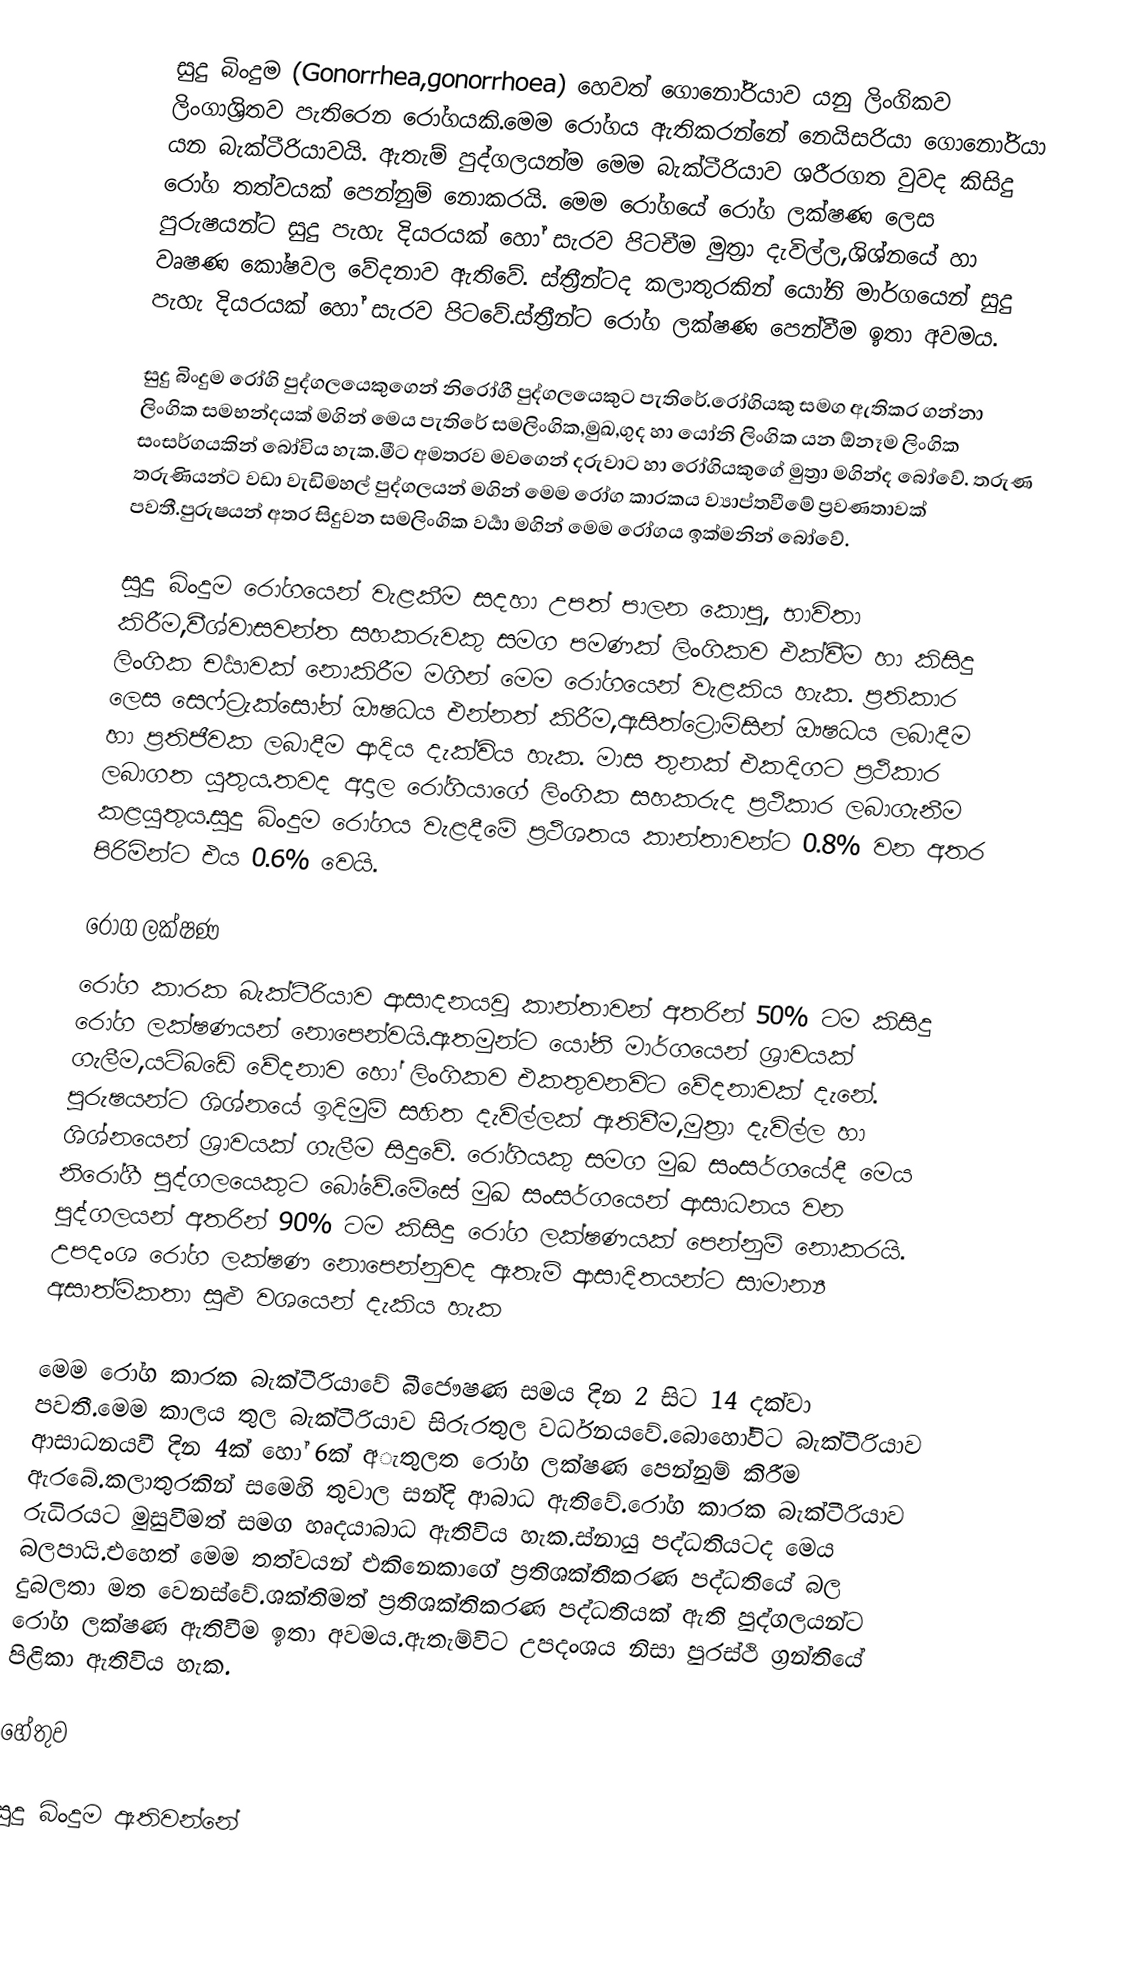
සුදු බිංදුම (Gonorrhea,gonorrhoea)  හෙවත් ගොනෝරියාව යනු ලිංගිකව ලිංගාශ්‍රිතව  පැතිරෙන රෝගයකි.මෙම රෝගය ඇතිකරන්නේ නෙයිසරියා ගොනෝරියා යන බැක්ටීරියාවයි. ඇතැම් පුද්ගලයන්ම මෙම බැක්ටීරියාව ශරීරගත වුවද කිසිදු රෝග තත්වයක් පෙන්නුම් නොකරයි. මෙම රෝගයේ රෝග ලක්ෂණ ලෙස පුරුෂයන්ට සුදු පැහැ දියරයක් හෝ සැරව පිටචීම  මුත්‍රා දැවිල්ල,ශිශ්නයේ හා වෘෂණ කෝෂවල වේදනාව ඇතිවේ. ස්ත්‍රීන්ටද කලාතුරකින් යෝනි මාර්ගයෙන් සුදු පැහැ දියරයක් හෝ සැරව පිටවේ.ස්ත්‍රීන්ට රෝග ලක්ෂණ පෙන්වීම ඉතා අවමය.

සුදු බිංදුම රෝගි පුද්ගලයෙකුගෙන් නිරෝගී පුද්ගලයෙකුට පැතිරේ.රෝගියකු සමග ඇතිකර ගන්නා ලිංගික සමභන්දයක් මගින් මෙය පැතිරේ සමලිංගික,මුඛ,ගුද හා යෝනි ලිංගික යන ඕනෑම ලිංගික සංසර්ගයකින් බෝවිය හැක.මීට අමතරව මවගෙන් දරුවාට හා රෝගියකුගේ මුත්‍රා මගින්ද බෝවේ. තරුණ තරුණියන්ට වඩා වැඩිමහල් පුද්ගලයන් මගින් මෙම රෝග කාරකය ව්‍යාප්තවීමේ ප්‍රවණතාවක් පවතී.පුරුෂයන් අතර සිදුවන සමලිංගික වර්‍යා මගින් මෙම රෝගය ඉක්මනින් බෝවේ.

සුදු බිංදුම රෝගයෙන් වැළකීම සදහා උපත් පාලන කොපු, භාවිතා කිරීම,වීශ්වාසවන්ත සහකරුවකු සමග පමණක් ලිංගිකව එක්වීම හා කිසිදු ලිංගික චර්‍යාවක් නොකිරීම මගින් මෙම රෝගයෙන් වැළකිය හැක. ප්‍රතිකාර ලෙස සෙෆ්ට්‍රැක්සෝන් ඖෂධය එන්නත් කිරීම,ඇසිත්ට්‍රොමිසින් ඖෂධය ලබාදීම හා ප්‍රතිජීවක ලබාදීම ආදිය දැක්විය හැක. මාස තුනක් එකදිගට ප්‍රථිකාර ලබාගත යුතුය.තවද අදාල රෝගියාගේ ලිංගික සහකරුද ප්‍රථිකාර ලබාගැනීම කළයුතුය.සුදු බිංදුම රෝගය වැළදීමේ ප්‍රථිශතය කාන්තාවන්ට 0.8% වන අතර පිරිමින්ට එය 0.6% වෙයි.

රෝග ලක්ෂණ
රෝග කාරක බැක්ටීරියාව ආසාදනයවූ කාන්තාවන් අතරින් 50% ටම කිසිදු රෝග ලක්ෂණයන් නොපෙන්වයි.ඇතමුන්ට යෝනි මාර්ගයෙන් ශ්‍රාවයක් ගැලීම,යටිබඩේ වේදනාව හෝ ලිංගිකව එකතුවනවිට වේදනාවක් දැනේ. පුරුෂයන්ට ශිශ්නයේ ඉදිමුම් සහිත දැවිල්ලක් ඇතිවීම,මුත්‍රා දැවිල්ල හා ශිශ්නයෙන් ශ්‍රාවයක් ගැලීම සිදුවේ.  රෝගියකු සමග මුඛ සංසර්ගයේදී මෙය නිරෝගී පුද්ගලයෙකුට බෝවේ.මේසේ මුඛ සංසර්ගයෙන් ආසාධනය වන පුද්ගලයන් අතරින් 90% ටම කිසිදු රෝග ලක්ෂණයක් පෙන්නුම් නොකරයි. උපදංශ රෝග ලක්ෂණ නොපෙන්නුවද ඇතැම් ආසාදිතයන්ට සාමාන්‍ය අසාත්මිකතා සුළු වශයෙන් දැකිය හැක

මෙම රෝග කාරක බැක්ටීරියාවේ බීජෞෂණ සමය දින 2 සිට 14 දක්වා පවතී.මෙම කාලය තුල බැක්ටීරියාව සිරුරතුල වර්ධනයවේ.බොහෝවිට බැක්ටීරියාව ආසාධනයවී දින 4ක් හෝ 6ක් අැතුලත රෝග ලක්ෂණ පෙන්නුම් කිරීම ඇරබේ.කලාතුරකින් සමෙහි තුවාල සන්දි ආබාධ ඇතිවේ.රෝග කාරක බැක්ටීරියාව රුධිරයට මුසුවීමත් සමග හෘදයාබාධ ඇතිවිය හැක.ස්නායු පද්ධතියටද මෙය බලපායි.එහෙත් මෙම තත්වයන් එකිනෙකාගේ ප්‍රතිශක්තීකරණ පද්ධතියේ බල දුබලතා මත වෙනස්වේ.ශක්තිමත් ප්‍රතිශක්තිකරණ පද්ධතියක් ඇති පුද්ගලයන්ට රෝග ලක්ෂණ ඇතිවීම ඉතා අවමය.ඇතැම්විට උපදංශය නිසා පුරස්ථි ග්‍රන්තියේ පිළිකා ඇතිවිය හැක.

හේතුව

සුදු බිංදුම  ඇතිවන්නේ